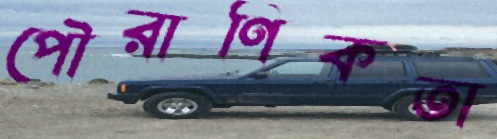
পৌরাণিকতা